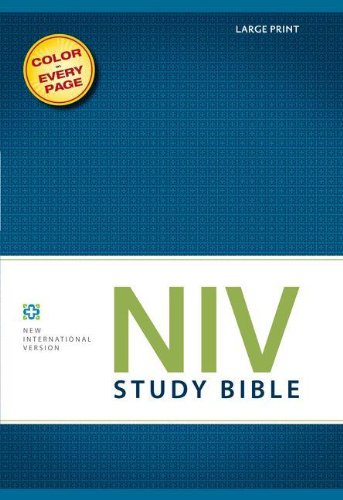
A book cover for NIV Study Bible, Hardcover, Large Print; Zondervan; Christian Books & Bibles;